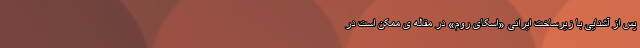
پس از آشنایی با زیرساخت ایرانی «اسکای روم» در مقاله ی ممکن است در